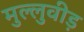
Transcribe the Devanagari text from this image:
मुल्लुवीड़